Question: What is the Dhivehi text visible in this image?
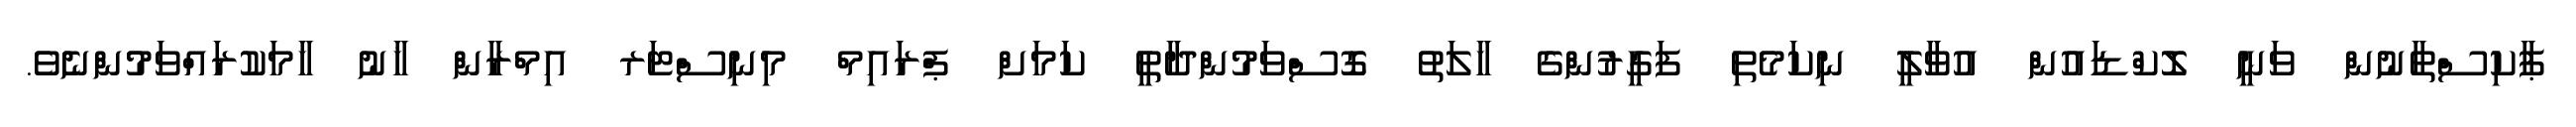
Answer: ޕާކިސްތާނުން ވަނީ ލޮކްޑައުން އުވާލީ ނިކަމެތި ފަގީރުންގެ ހާލަތު ގޮސްވަމުންދާތީ ކަމަށް ޕްރައިމް މިނިސްޓަރ އިމްރާން ޚާނު ހާމަކުރައްވަމުންނެވެ.